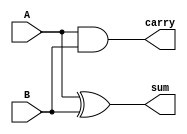
module halfAdderDataflow(A,B,sum,carry);

	input A,B;
	output sum,carry;
	assign sum = (A^B);
	assign carry = (A&B);

endmodule